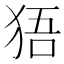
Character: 㹳